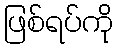
ဖြစ်ရပ်ကို